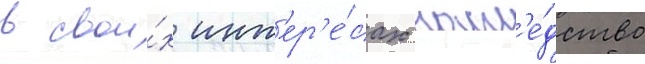
в свои́х инт'ер'е́сах насл'е́дство